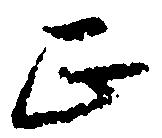
正